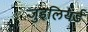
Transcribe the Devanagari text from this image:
जुइलियर्ड